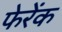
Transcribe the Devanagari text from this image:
फेरेंक